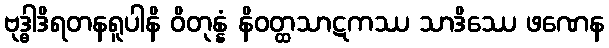
ဗုဒ္ဓါဒိရတနရူပါနိ ဝိတုန္နံ နိဝတ္ထသာဋကဿ သာဒိဿေ ဖဏေန